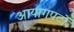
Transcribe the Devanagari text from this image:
आयागपटों